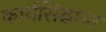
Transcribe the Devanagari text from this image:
कार्यसिद्धान्त